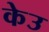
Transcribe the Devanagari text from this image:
केउ